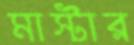
মাস্টার